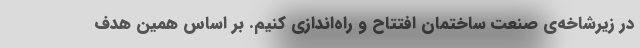
در زیرشاخه‌ی صنعت ساختمان افتتاح و راه‌اندازی کنیم. بر اساس همین هدف